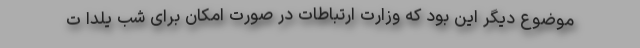
موضوع دیگر این بود که وزارت ارتباطات در صورت امکان برای شب یلدا ت